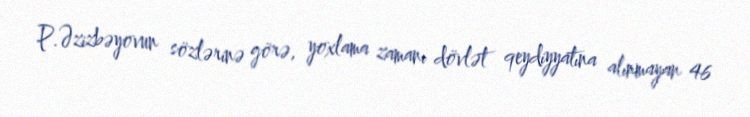
P.Əzizbəyovun sözlərinə görə, yoxlama zamanı dövlət qeydiyyatına alınmayan 46